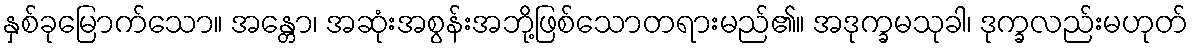
နှစ်ခုမြောက်သော။ အန္တော၊ အဆုံးအစွန်းအဘို့ဖြစ်သောတရားမည်၏။ အဒုက္ခမသုခါ၊ ဒုက္ခလည်းမဟုတ်